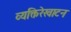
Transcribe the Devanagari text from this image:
व्यक्तिरेखाटन